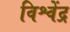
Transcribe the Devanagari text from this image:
विश्वेंद्र